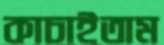
কাচাইতাম